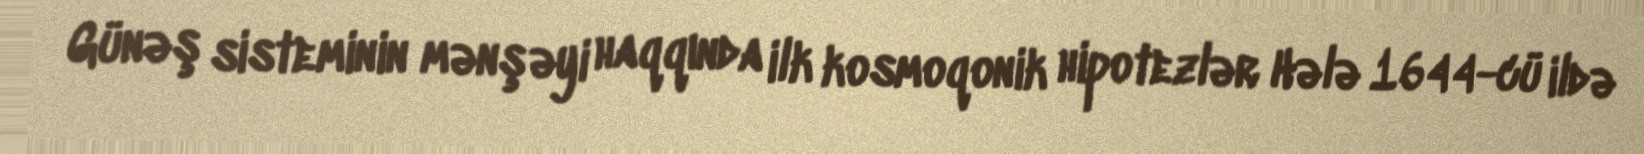
Günəş sisteminin mənşəyi haqqında ilk kosmoqonik hipotezlər Hələ 1644-cü ildə